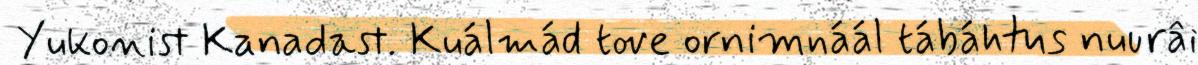
Yukonist Kanadast. Kuálmád tove ornimnáál tábáhtus nuurâi